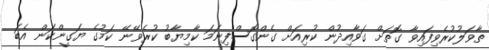
ތާވަލުކުރެވިފައިވާ ގޮތަށް ގަވާއިދުން ކުރިއަށް ގެންގޮސްފިނަމަ ކާމިޔާބު ކުރެވޭނޭ ކަމުގެ ޔަގީންކަން އެބަ